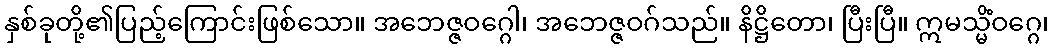
နှစ်ခုတို့၏ပြည့်ကြောင်းဖြစ်သော။ အဘေဇ္ဇဝဂ္ဂေါ၊ အဘေဇ္ဇဝဂ်သည်။ နိဋ္ဌိတော၊ ပြီးပြီ။ ဣမသ္မိံဝဂ္ဂေ၊